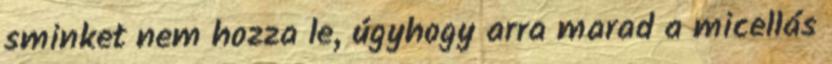
sminket nem hozza le, úgyhogy arra marad a micellás